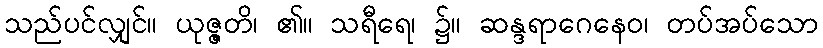
သည်ပင်လျှင်။ ယုဇ္ဇတိ၊ ၏။ သရီရေ၊ ၌။ ဆန္ဒရာဂေနေဝ၊ တပ်အပ်သော